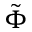
\tilde { \Phi }